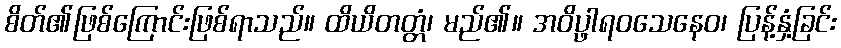
စိတ်၏ဖြစ်ကြောင်းဖြစ်ရာသည်။ ထိယိတတ္တံ၊ မည်၏။ အဝိပ္ဖာရဝသေနေဝ၊ ပြန့်နှံ့ခြင်း